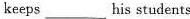
keeps ___ his students